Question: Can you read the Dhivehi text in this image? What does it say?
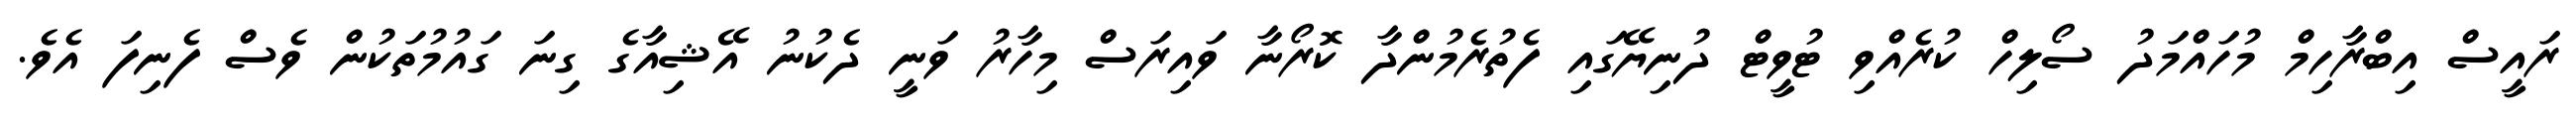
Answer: ރައީސް އިބްރާހިމް މުހައްމަދު ސޯލިހް ކުރެއްވި ޓުވީޓް ދުނިޔޭގައި ފެތުރެމުންދާ ކޮރޯނާ ވައިރަސް މިހާރު ވަނީ ދެކުނު އޭޝިއާގެ ގިނަ ގައުމުތަކުން ވެސް ފެނިފަ އެވެ.